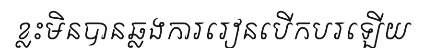
ខ្លះមិនបានឆ្លងការរៀនបើកបរឡើយ